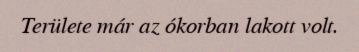
Területe már az ókorban lakott volt.